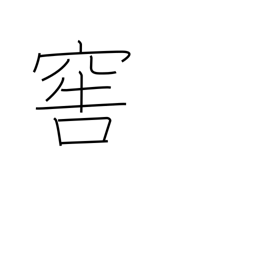
Meaning: cellar